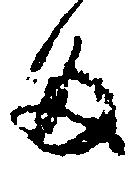
多